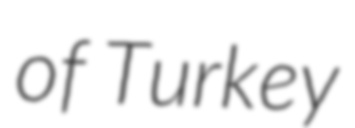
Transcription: of Turkey